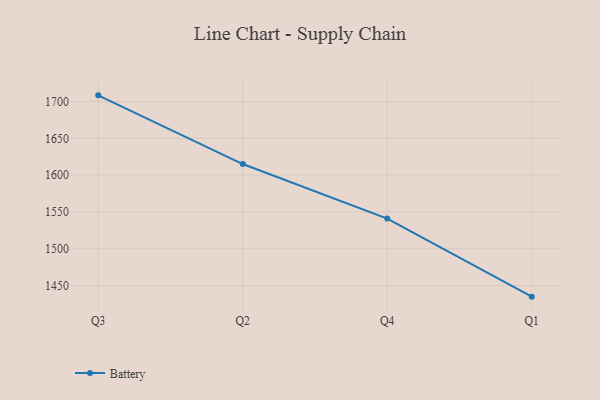
{"axis": {"x": "Quarter", "y": "Demand Index"}, "legend": ["Battery"], "data": [{"x": "Q3", "y": 1708.5, "type": "Battery"}, {"x": "Q2", "y": 1615.1, "type": "Battery"}, {"x": "Q4", "y": 1540.9, "type": "Battery"}, {"x": "Q1", "y": 1434.8, "type": "Battery"}]}